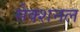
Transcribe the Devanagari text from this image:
सेक्शनल